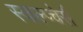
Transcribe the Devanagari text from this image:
स्कल्प्चेर्स